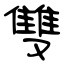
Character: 雙